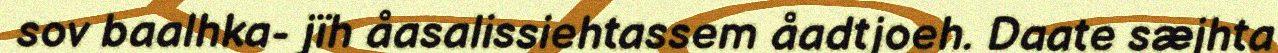
sov baalhka- jïh åasalissiehtassem åadtjoeh. Daate sæjhta